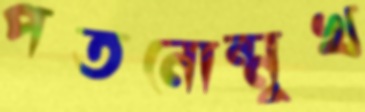
পতনোন্মুখ